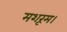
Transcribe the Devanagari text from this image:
मशरूम।